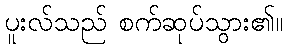
ပူးလ်သည် စက်ဆုပ်သွား၏။